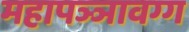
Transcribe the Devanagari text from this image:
महापञ्ञावग्ग